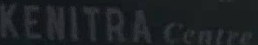
KENITRA Centre